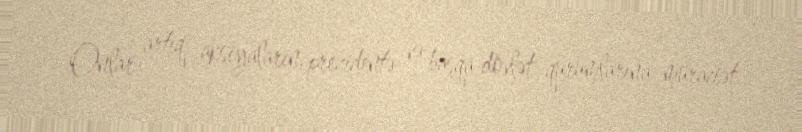
Onlar artıq aksiyaların, prezidentə və başqa dövlət qurumlarına müraciət